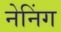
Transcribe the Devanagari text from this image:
नेनिंग